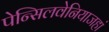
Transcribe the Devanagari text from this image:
पेन्सिलवेनियाजहां